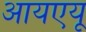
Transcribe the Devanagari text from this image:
आयएयू